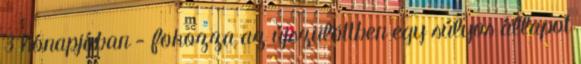
3 hónapjában - fokozza az újszülöttben egy súlyos állapot